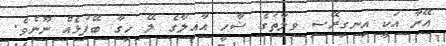
އޭނާ އަކީ އިނގިރޭސި ވިލާތުގެ ޝާހީ އާއިލާގެ ލޭ ހިގާ ބޭފުޅެއް ނޫނެވެ.